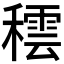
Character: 𥢚